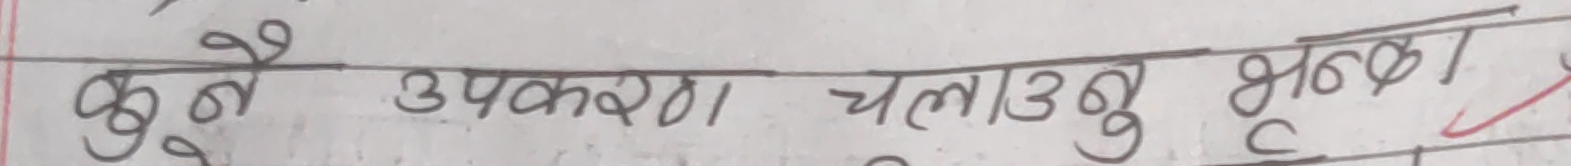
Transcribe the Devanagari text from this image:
कुनै उपकरण चलाउनु भन्दा